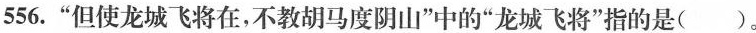
556.”但使龙城飞将在，不教胡马度阴山”中的”龙城飞将”指的是( )。